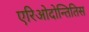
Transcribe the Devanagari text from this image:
एरिओदोन्तितिस